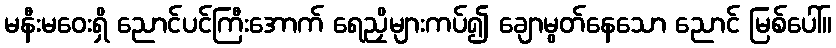
မနီးမဝေးရှိ ညောင်ပင်ကြီးအောက် ရေညှိများကပ်၍ ချောမွတ်နေသော ညောင် မြစ်ပေါ်။